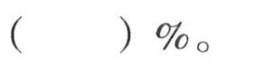
( )%。